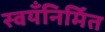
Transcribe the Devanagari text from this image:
स्वयँनिर्मित